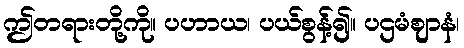
ဤတရားတို့ကို။ ပဟာယ၊ ပယ်စွန့်၍။ ပဌမံဈာနံ၊